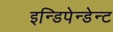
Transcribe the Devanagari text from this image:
इन्डिपेन्डेन्ट